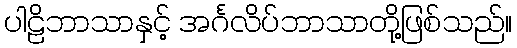
ပါဠိဘာသာနှင့် အင်္ဂလိပ်ဘာသာတို့ဖြစ်သည်။